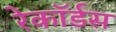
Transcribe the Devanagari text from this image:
रेकॉर्डस